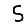
Digit: 5